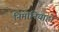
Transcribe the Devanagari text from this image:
निमोनियाहो